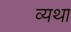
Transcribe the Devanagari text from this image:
व्‍यथा